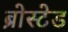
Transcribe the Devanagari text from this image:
ब्रोस्टेड